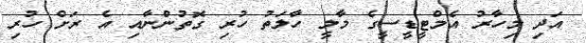
އަދި މިހާރު އެމްޓީޑީސީގެ މާލީ ހާލަތު ހުރި ގޮތުންނާއި އެ ރަށް ހުރި